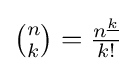
{\textstyle {\binom {n}{k}}={\frac {n^{\underline {k}}}{k!}}}